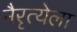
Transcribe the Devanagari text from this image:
नैरृत्येला